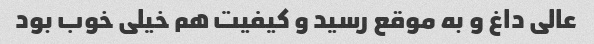
عالی داغ و به موقع رسید و کیفیت هم خیلی خوب بود